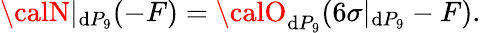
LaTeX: {\calN}|_{\mathrm{d}P_{9}}(-F)={\calO}_{\mathrm{d}P_{9}}(6\sigma|_{\mathrm{d}P_{9}}-F).